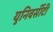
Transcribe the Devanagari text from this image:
युनिवर्सीटी